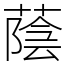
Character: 蔭